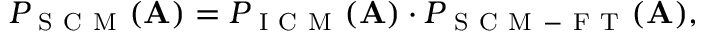
P _ { \mathrm { ~ S ~ C ~ M ~ } } ( \mathbf { A } ) = P _ { \mathrm { ~ I ~ C ~ M ~ } } ( \mathbf { A } ) \cdot P _ { \mathrm { ~ S ~ C ~ M ~ - ~ F ~ T ~ } } ( \mathbf { A } ) ,